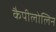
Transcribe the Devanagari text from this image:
कैपीलोलिन